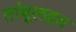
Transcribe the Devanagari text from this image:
तांबूलद्वय